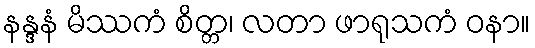
နန္ဒနံ မိဿကံ စိတ္တ၊ လတာ ဖာရုသကံ ဝနာ။